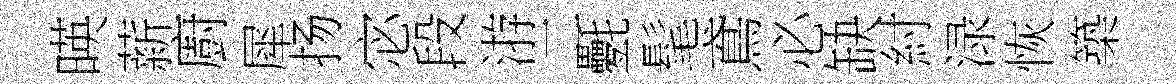
暎薪廚犀扬宓段㳺二氎髦鳶必缺紂渌恢築